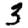
Digit: 3